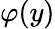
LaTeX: \varphi(y)